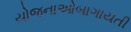
યોજનાઓબાગાયતી